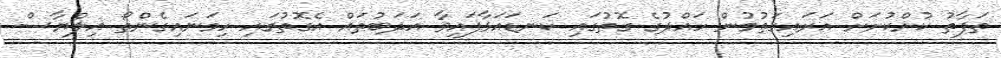
ތަފާތު ކުށްކުށަށް އަރައިގަތުމުން ހައްދުގެ ގޮތުގައި ކަނޑައަޅާފައިވާ އަދަބުތައް އެގޮތުގައި ހިމަނައިގެންތޯ އިލްޔާސް